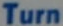
Turn